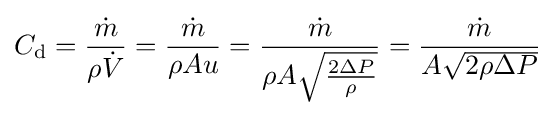
C_{\text{d}}={\frac {\dot {m}}{\rho {\dot {V}}}}={\frac {\dot {m}}{\rho Au}}={\frac {\dot {m}}{\rho A{\sqrt {\frac {2\Delta P}{\rho }}}}}={\frac {\dot {m}}{A{\sqrt {2\rho \Delta P}}}}